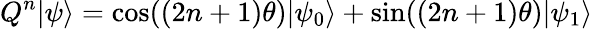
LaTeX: Q^{n}|\psi\rangle=\cos((2n+1)\theta)|\psi_{0}\rangle+\sin((2n+1)\theta)|\psi_{1}\rangle